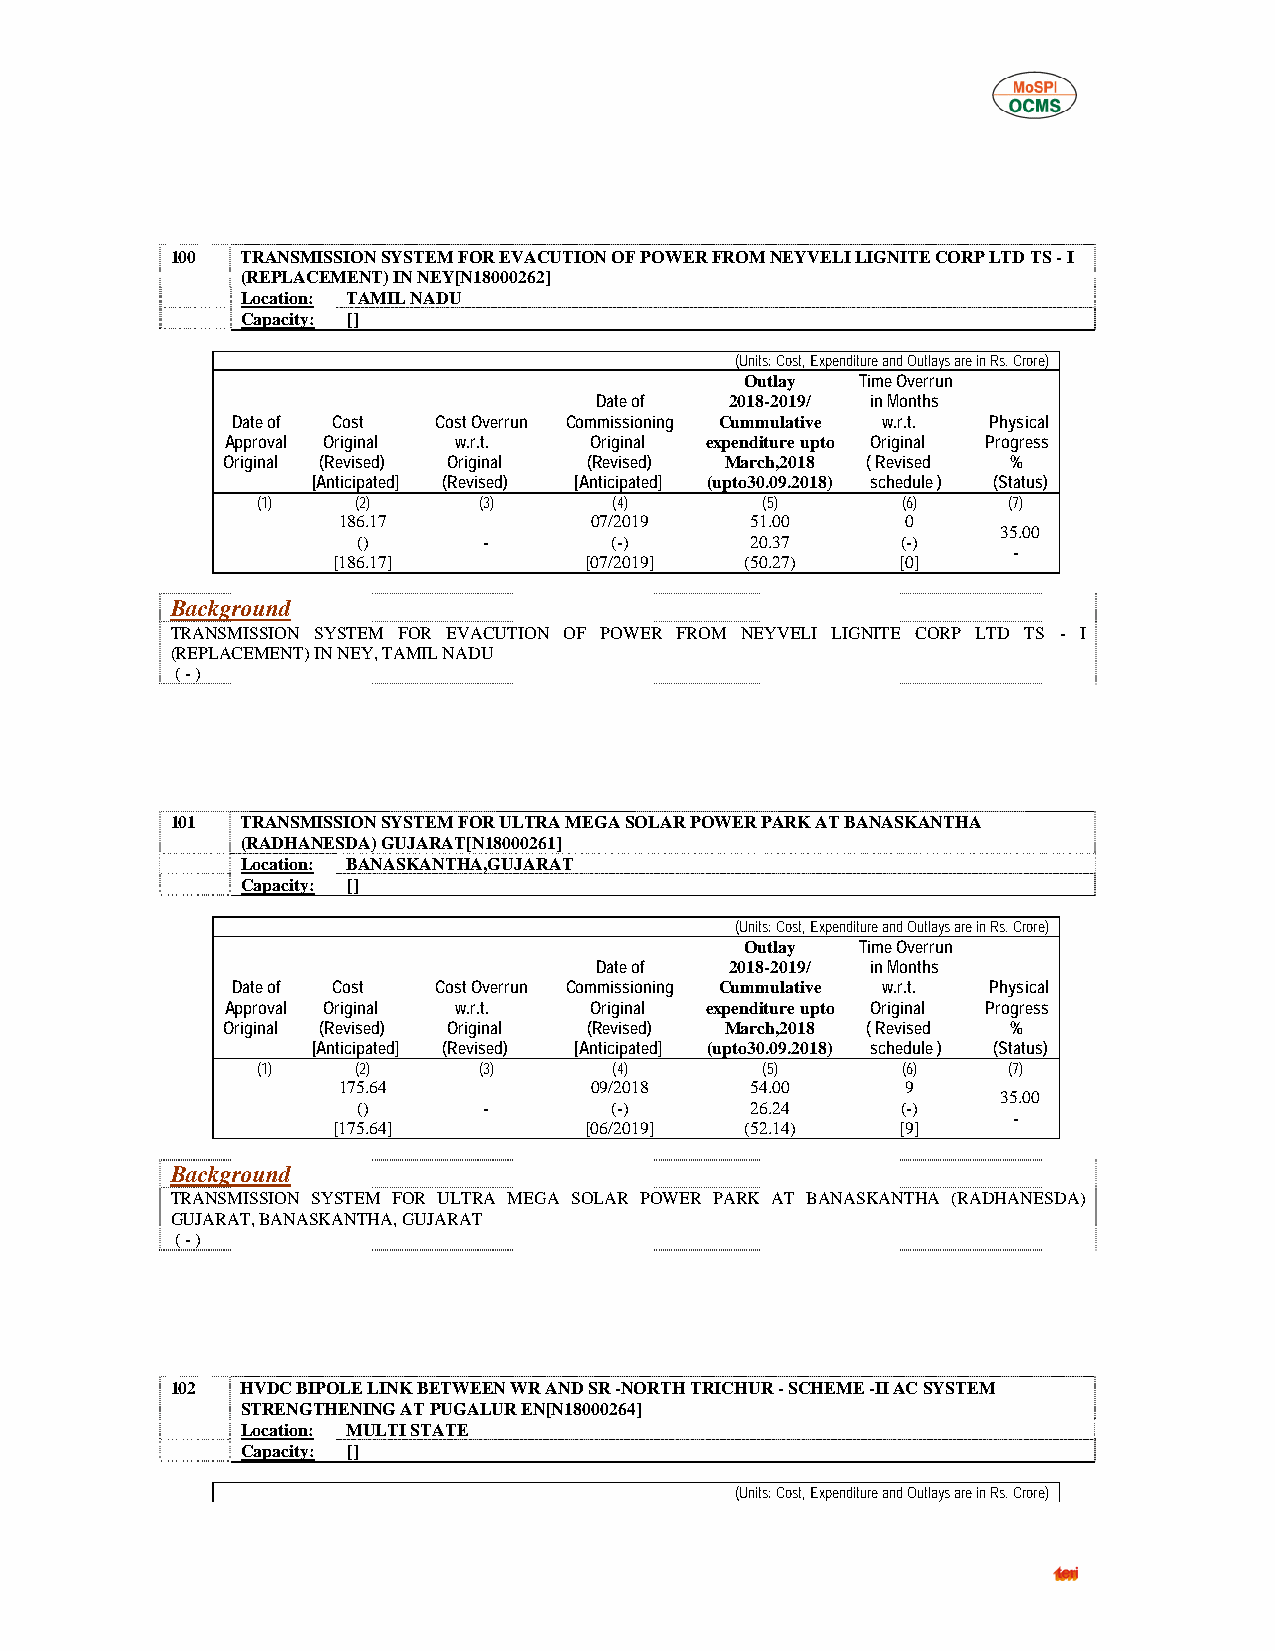
100  TRANSMISSION SYSTEM FOR EVACUTION OF POWER FROM NEYVELI LIGNITE CORP LTD TS - I
 (REPLACEMENT) IN NEY[N18000262]
 Location: TAMIL NADU
 Capacity: []
 (Units: Cost, Expenditure and Outlays are in Rs. Crore)
 Outlay  Time Overrun
 Date of  2018-2019/ in Months
 Date of Cost  Cost Overrun Commissioning Cummulative w.r.t. Physical
 Approval Original w.r.t. Original expenditure upto Original Progress
 Original (Revised) Original (Revised) March,2018 ( Revised %
 [Anticipated] (Revised) [Anticipated] (upto30.09.2018) schedule ) (Status)
 (1)    (2)     (3)      (4)      (5)       (6)    (7)
 186.17           07/2019    51.00     0
 35.00
 ()      -       (-)       20.37     (-)
 -
 [186.17]         [07/2019] (50.27)    [0]
 Background
 TRANSMISSION SYSTEM FOR EVACUTION OF POWER FROM NEYVELI LIGNITE CORP LTD TS - I
 (REPLACEMENT) IN NEY, TAMIL NADU
 ( - )
 101  TRANSMISSION SYSTEM FOR ULTRA MEGA SOLAR POWER PARK AT BANASKANTHA
 (RADHANESDA) GUJARAT[N18000261]
 Location: BANASKANTHA,GUJARAT
 Capacity: []
 (Units: Cost, Expenditure and Outlays are in Rs. Crore)
 Outlay  Time Overrun
 Date of  2018-2019/ in Months
 Date of Cost  Cost Overrun Commissioning Cummulative w.r.t. Physical
 Approval Original w.r.t. Original expenditure upto Original Progress
 Original (Revised) Original (Revised) March,2018 ( Revised %
 [Anticipated] (Revised) [Anticipated] (upto30.09.2018) schedule ) (Status)
 (1)    (2)     (3)      (4)      (5)       (6)    (7)
 175.64           09/2018    54.00     9
 35.00
 ()      -       (-)       26.24     (-)
 -
 [175.64]         [06/2019] (52.14)    [9]
 Background
 TRANSMISSION SYSTEM FOR ULTRA MEGA SOLAR POWER PARK AT BANASKANTHA (RADHANESDA)
 GUJARAT, BANASKANTHA, GUJARAT
 ( - )
 102  HVDC BIPOLE LINK BETWEEN WR AND SR -NORTH TRICHUR - SCHEME -II AC SYSTEM
 STRENGTHENING AT PUGALUR EN[N18000264]
 Location: MULTI STATE
 Capacity: []
 (Units: Cost, Expenditure and Outlays are in Rs. Crore)